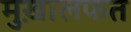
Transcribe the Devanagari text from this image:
मुख़ालफत